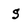
Character: g